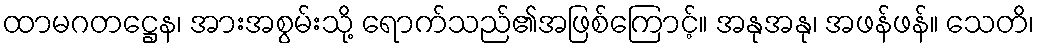
ထာမဂတဋ္ဌေန၊ အားအစွမ်းသို့ ရောက်သည်၏အဖြစ်ကြောင့်။ အနုအနု၊ အဖန်ဖန်။ သေတိ၊